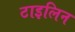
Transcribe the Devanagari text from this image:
टाइलिन